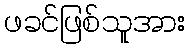
ဖခင်ဖြစ်သူအား